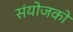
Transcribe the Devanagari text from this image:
संयोजको